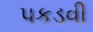
પકડવી